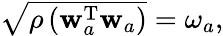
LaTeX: \begin{array}{r}{\sqrt{\rho\left(\mathbf{w}_{a}^{\mathrm{T}}\mathbf{w}_{a}\right)}=\omega_{a},}\end{array}